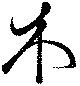
木